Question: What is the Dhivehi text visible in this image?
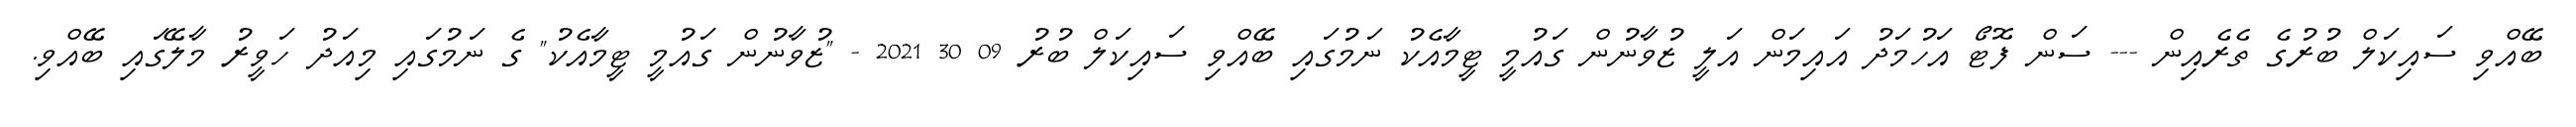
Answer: ބޭއްވި ސައިކަލް ބުރުގެ ތެރެއިން --- ސަން ފޮޓޯ އަހުމަދު އައިމަން އަލީ ޒުވާނުން ގައުމީ ޓީމާއެކު ނަމުގައި ބޭއްވި ސައިކަލް ބުރު 09 30 2021 - "ޒުވާނުން ގައުމީ ޓީމާއެކު" ގެ ނަމުގައި މިއަދު ހަވީރު މާލޭގައި ބޭއްވި.